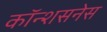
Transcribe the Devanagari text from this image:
कॉन्शसनेस